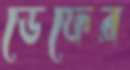
ডেফের